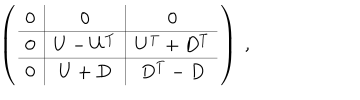
\left( \begin{array} { c | c | | c } { { 0 } } & { { 0 } } & { { 0 } } \\ \hline { { 0 } } & { { U - U ^ { T } } } & { { U ^ { T } + D ^ { T } } } \\ \hline { { \hline 0 } } & { { U + D } } & { { D ^ { T } - D } } \\ \end{array} \right) ~ ,